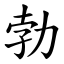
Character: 勃